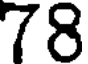
78